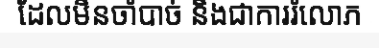
ដែលមិនចាំបាច់ និងជាការរំលោភ